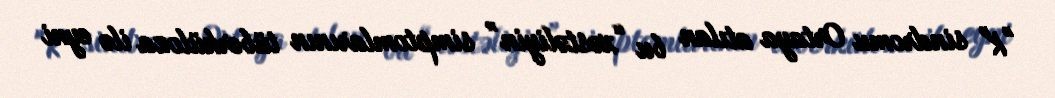
"K" sindromu Ortaya atılan bu “xəstəliyin” simptomlarının tüberküloza ilə eyni